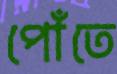
পোঁতে